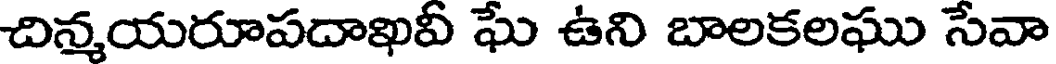
చిన్మయరూపదాఖవీ ఘే ఉని బాలకలఘు సేవా